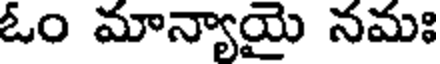
ఓం మాన్యాయై నమః